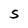
Character: S